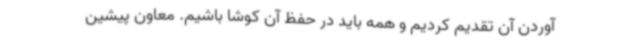
آوردن آن تقدیم کردیم و همه باید در حفظ آن کوشا باشیم. معاون پیشین